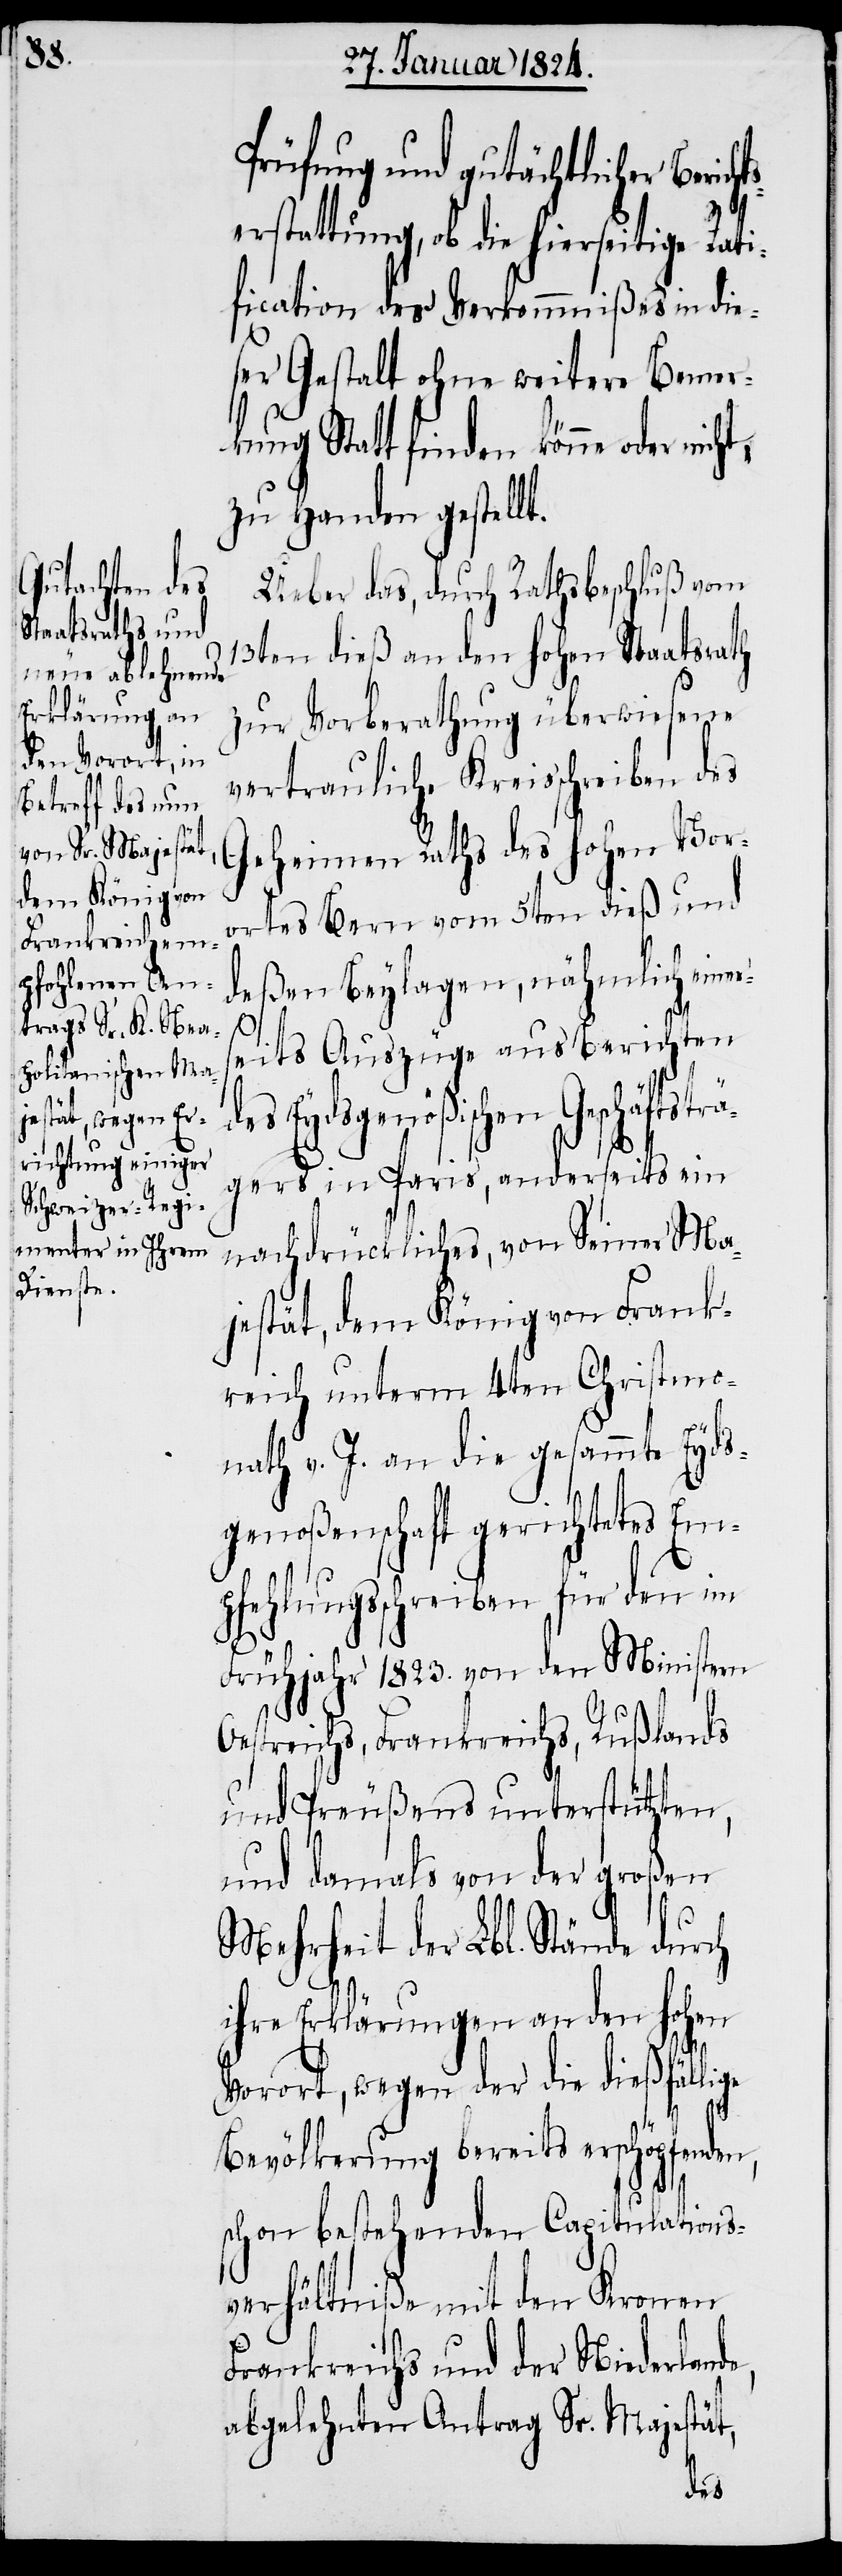
Prüfung und gutächtlicher Beric¬
hts¬
erstattung, ob die hierseitige Rati¬
fication des Verkommnißes in die¬
ser Gestalt ohne weitere Bemer¬
kung Statt finden könne oder
zu Handen gestellt.
Ueber das, durch Rathsbeschluß vom
13ten dieß an den hohen Staatsrath
zur Vorberathung überwiesene
vertrauliche Kreisschreiben des
Geheimen Raths des hohen Vor¬
ortes Bern vom 5ten dieß und
deßen, Beylagen, nähmlich eine¬
rseits Auszüge aus Berichten
des Eydsgenößischen Geschäftstr¬
ägers in Paris, anderseits ein
nachdrückliches, von Seiner Ma¬
jestät, dem König von Frank¬
reich unterm 4ten Christmo¬
nath v. J. an die gesammte Eyds¬
genoßenschaft gerichtetes Em¬
pfehlungsschreiben für den im
Frühjahr 1823. von den Ministern
Oestreichs, Frankreichs, Rußlands
und Preußens unterstützten,
und damals von der großen
Mehrheit der Lbl. Stände durch
ihre Erklärungen an den hohen
Vorort, wegen der die dießfällige
Bevölkerung bereits erschöpfenden,
schon bestehenden Capitulations¬
verhältniße mit den Kronen
Frankreichs und der Niederlan¬
abgelehnten Antrag Sr. Majestät,
de,